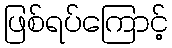
ဖြစ်ရပ်ကြောင့်